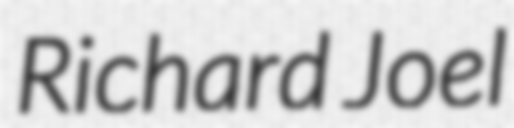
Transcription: Richard Joel